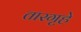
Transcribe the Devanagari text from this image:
तारगृहे